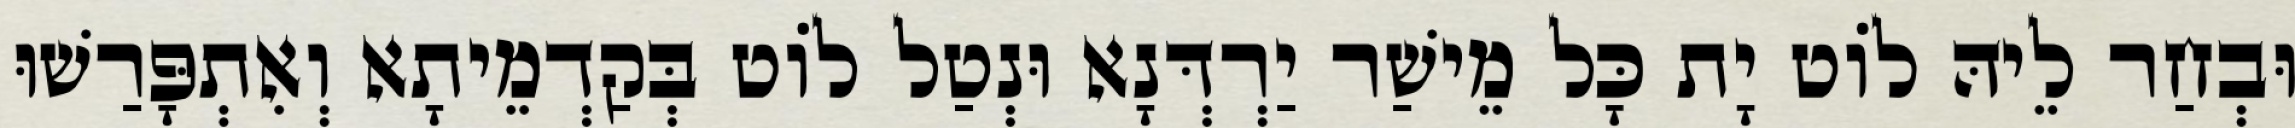
וּבְחַר לֵיהּ לוֹט יָת כָּל מֵישַׁר יַרְדְּנָא וּנְטַל לוֹט בְּקַדְמֵיתָא וְאִתְפָּרַשׁוּ